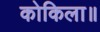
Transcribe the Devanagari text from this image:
कोकिला॥